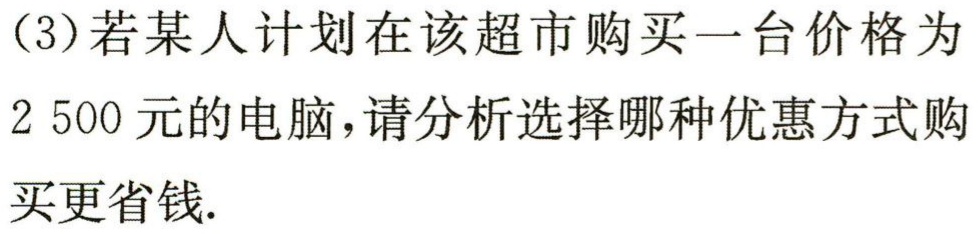
(3)若某人计划在该超市购买一台价格为

$2\ 500$元的电脑，请分析选择哪种优惠方式购

买更省钱.